Scottish Leaving Certificate Examination, 1960
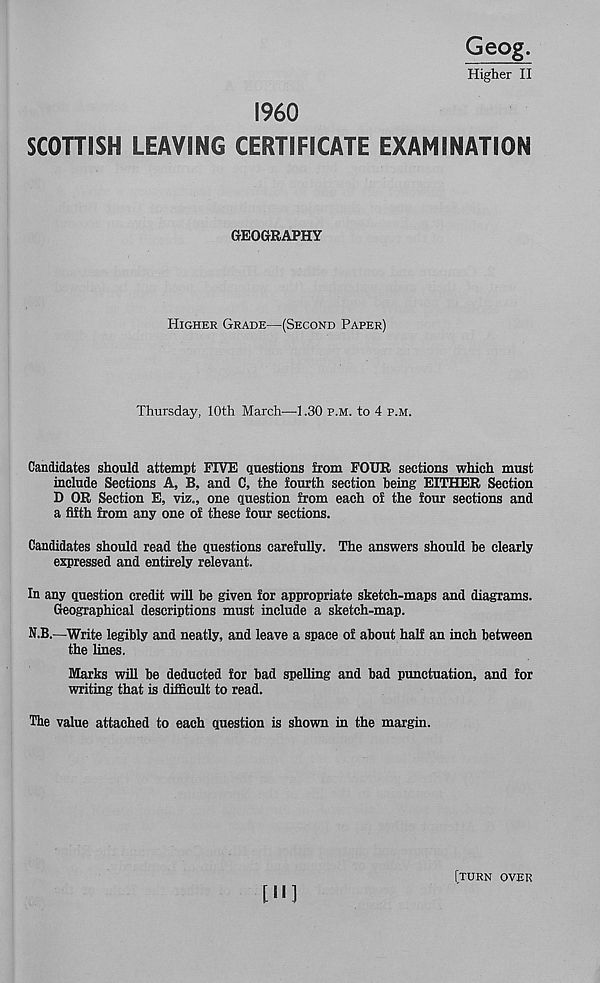
I960
SCOTTISH LEAVING CERTIFICATE EXAMINATION
GEOGRAPHY
Higher Grade—(Second Paper)
Thursday, 10th March—1.30 p.m. to 4 p.m.
Candidates should attempt FIVE questions from FOUR sections which must
include Sections A, B, and C, the fourth section being EITHER Section
D OR Section E, viz., one question from each of the four sections and
a fifth from any one of these four sections.
Candidates should read the questions carefully. The answers should be clearly
expressed and entirely relevant.
In any question credit will be given for appropriate sketch-maps and diagrams.
Geographical descriptions must include a sketch-map.
N.B.—Write legibly and neatly, and leave a space of about half an inch between
the lines.
Marks will be deducted for bad spelling and bad punctuation, and for
writing that is difficult to read.
The value attached to each question is shown in the margin.
[turn over